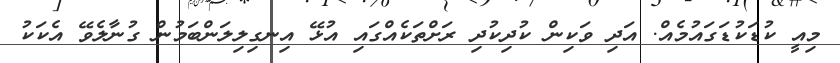
މިއީ ކުޑަކުޑަގައުމެއް. އަދި ވަކިން ކުދިކުދި ރަށްތަކެއްގައި އުޅޭ އިނގިލިލަންބަމުން ގުނާލެވޭ އެކަކު